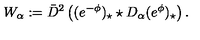
W _ { \alpha } : = \bar { D } ^ { 2 } \left( ( e ^ { - \phi } ) _ { \star } \star D _ { \alpha } ( e ^ { \phi } ) _ { \star } \right) .